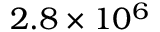
2 . 8 \times 1 0 ^ { 6 }